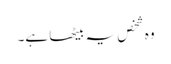
وہ شخص یہ بیٹھا ہے۔